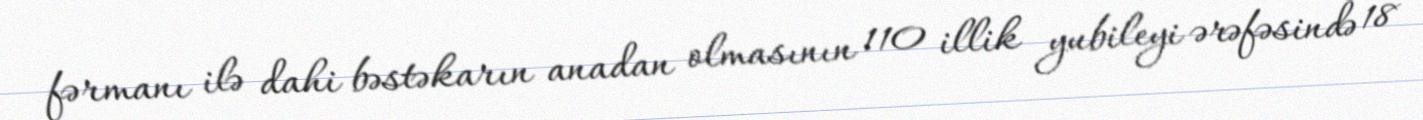
fərmanı ilə dahi bəstəkarın anadan olmasının 110 illik yubileyi ərəfəsində 18